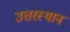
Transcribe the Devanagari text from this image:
उत्तरस्थान